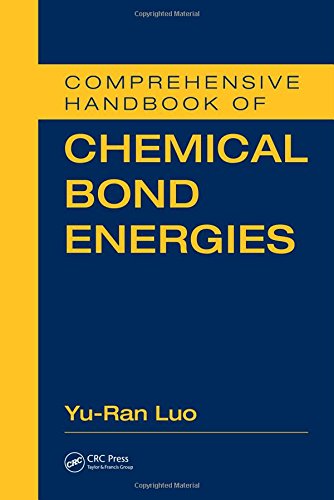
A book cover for Comprehensive Handbook of Chemical Bond Energies; Yu-Ran Luo; Science & Math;